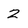
Character: 2